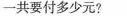
一共要付多少元?